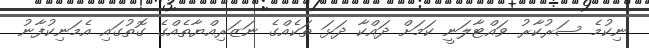
ނިކުމެ ސަރުކާރު ވައްޓާލަނީ ކަމަށް ދައްކާ ދަޅަ ތަކެއްގެ ނަޒަރިއްޔާތެއްގެ ގޮތުގައި އެމަނިކުފާނު